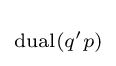
\scriptstyle {\operatorname {dual} (q'p)\,}\!